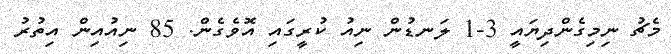
މެޗު ނިމިގެންދިޔައީ 3-1 ލަނޑުން ނިއު ކުރީގައި އޮވެގެން. 85 ނިއުއިން އިތުރު